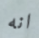
انه